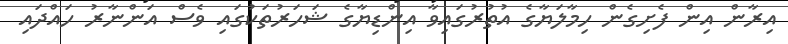
އިރާން އިން ފެށިގެން ހިމާލަޔާގެ އުތުރުގައިވާ އިންޑިޔާގެ ޝަހަރުތަކުގައި ވެސް އަންނާރު ހައްދައި